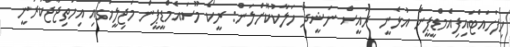
ހިފަހައްޓައިފިއެމްޑީޕީން އުޅެނީ ރައީސް ނަޝީދު ހަލާކުކޮށްލަން: ރީކޯ މޫސައެމްޑީޕީން މަޖިލީހުގައި އިހުތިޖާޖްކުރަނީ